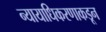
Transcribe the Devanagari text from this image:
न्यायाधिकरणाकडून